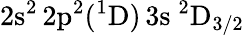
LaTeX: \mathrm{2s^{2}\, 2p^{2}(^{1}D)\, 3s~^{2}D_{3/2}}